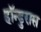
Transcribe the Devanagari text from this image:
हॉन्डुरास